Report on vaccination in Madras 1904-1921 - 1904-1921
Year: 1904
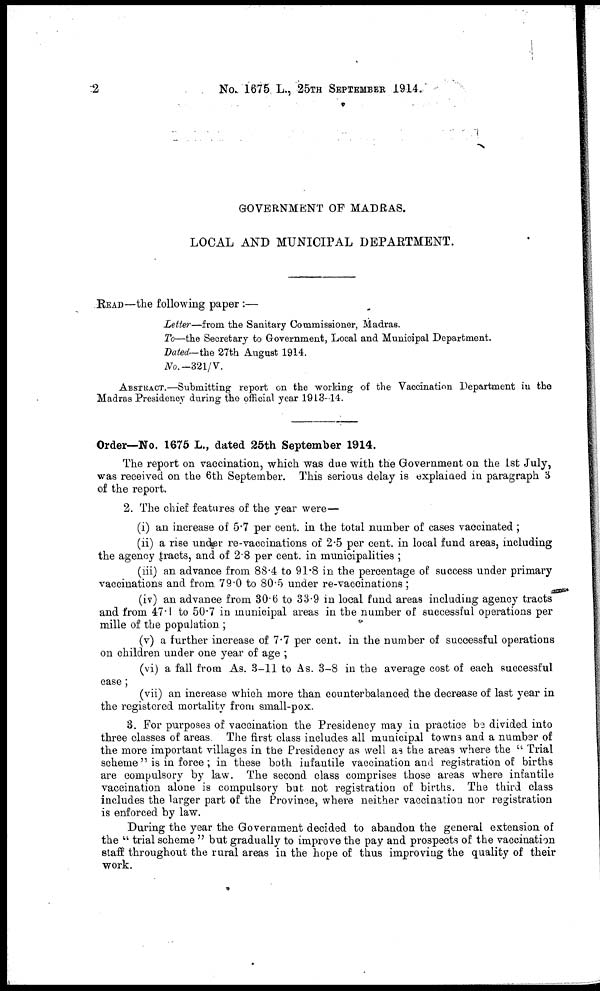
2
No. 1675 L., 25TH SEPTEMBER 1914.
GOVERNMENT OF MADRAS.
LOCAL AND MUNICIPAL DEPARTMENT.
READ—the following paper :—
Letter—from the Sanitary Commissioner, Madras.
To—the Secretary to Government, Local and Municipal Department.
Dated— the 27th August 1914.
No.-321/V.
ABSTRACT.—Submitting report on the working of the Vaccination Department in the
Madras Presidency during the official year 1913-14.
Order—No. 1675 L., dated 25th September 1914.
The report on vaccination, which was due with the Government on the 1st July,
was received on the 6th September. This serious delay is explained in paragraph 3
of the report.
2. The chief features of the year were—
(i) an increase of 5.7 per cent. in the total number of cases vaccinated ;
(ii) a rise under re-vaccinations of 2.5 per cent. in local fund areas, including
the agency tracts, and of 2.8 per cent. in municipalities ;
(iii) an advance from 88.4 to 91.8 in the percentage of success under primary
vaccinations and from 79.0 to 80.5 under re-vaccinations;
(iv) an advance from 30.6 to 33.9 in local fund areas including agency tracts
and from 47.1 to 50.7 in municipal areas in the number of successful operations per
mille of the population ;
(v) a further increase of 7.7 per cent. in the number of successful operations
on children under one year of age ;
(vi) a fall from As. 3-11 to As. 3-8 in the average cost of each successful
case;
(vii) an increase which more than counterbalanced the decrease of last year in
the registered mortality from small-pox.
3. For purposes of vaccination the Presidency may in practice be divided into
three classes of areas. The first class includes all municipal towns and a number of
the more important villages in the Presidency as well as the areas where the " Trial
scheme" is in force; in these both infantile vaccination and registration of births
are compulsory by law. The second class comprises those areas where infantile
vaccination alone is compulsory but not registration of births. The third class
includes the larger part of the Province, where neither vaccination nor registration
is enforced by law.
During the year the Government decided to abandon the general extension of
the " trial scheme " but gradually to improve the pay and prospects of the vaccination
staff throughout the rural areas in the hope of thus improving the quality of their
work.